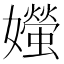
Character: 𪦱